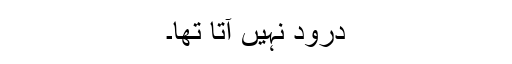
درود نہیں آتا تھا۔